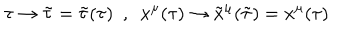
LaTeX: \tau \rightarrow \tilde { \tau } = \tilde { \tau } ( \tau ) \ \ , \ \ x ^ { \mu } ( \tau ) \rightarrow \tilde { x } ^ { \mu } ( \tilde { \tau } ) = x ^ { \mu } ( \tau )